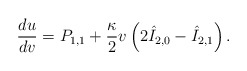
\begin{align*} \frac{du}{dv}=P_{1,1}+\frac{\kappa}{2}v\left(2\hat{I}_{2,0}-\hat{I}_{2,1}\right).\end{align*}